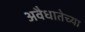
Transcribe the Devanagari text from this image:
अवैधातेच्या